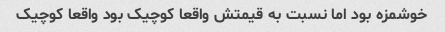
خوشمزه بود اما نسبت به قیمتش واقعا کوچیک بود واقعا کوچیک